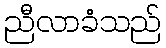
ညီလာခံသည်